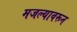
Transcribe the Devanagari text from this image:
मजल्यावरून